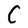
Character: C